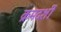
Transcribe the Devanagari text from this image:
क्रमदर्शी